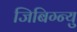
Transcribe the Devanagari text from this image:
जिबिग्न्यु